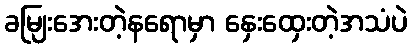
ခမျြးအေးတဲ့နရောမှာ နှေးထှေးတဲ့အသံပဲ